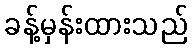
ခန့်မှန်းထားသည်